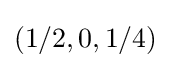
(1/2,0,1/4)